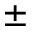
\pm